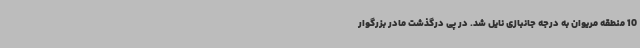
10 منطقه مریوان به درجه جانبازی نایل شد. در پی درگذشت مادر بزرگوار